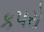
કપરો